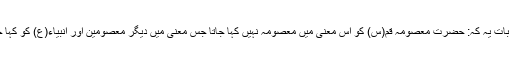
دوسری بات یہ کہ: حضرت معصومہ قم(س) کو اس معنٰی میں معصومہ نہیں کہا جاتا جس معنٰی میں دیگر معصومین اور انبیاء(ع) کو کہا جاتا ہے۔